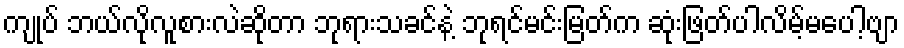
ကျုပ် ဘယ်လိုလူစားလဲဆိုတာ ဘုရားသခင်နဲ့ ဘုရင်မင်းမြတ်က ဆုံးဖြတ်ပါလိမ့်မပေါ့ဗျာ